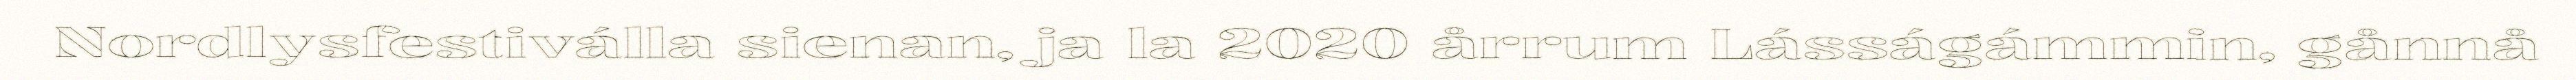
Nordlysfestiválla sienan, ja la 2020 årrum Lásságámmin, gånnå